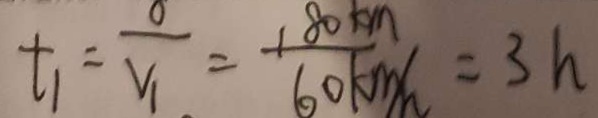
t _ { 1 } = \frac { 0 } { V _ { 1 } } = \frac { 1 8 0 k m } { 6 0 k m / h } = 3 h